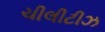
ચીલીટીઝ